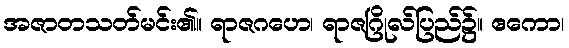
အဇာတသတ်မင်း၏။ ရာဇဂဟေ၊ ရာဇဂြိုလ်ပြည်၌။ ဧကော၊